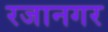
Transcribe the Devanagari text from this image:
रजानगर